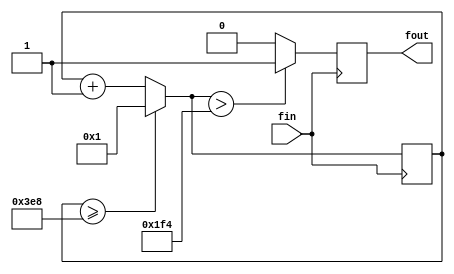
module fDiv_50kHz(fin, fout);
input fin;
output fout;
reg fout;
wire[31:0] Divn, _Divn;
reg[31:0] count;
assign _Divn={1'b0,Divn[31:1]};//
assign Divn = 32'd1000;//1000

always @(posedge fin)
begin
  count=(count>=Divn)?32'd1:count+1;//countDivnncount1count1
  fout=(count>_Divn)?1'b1:1'b0;//count_Divn_fout10
end

endmodule